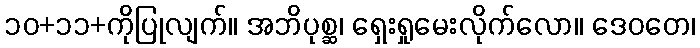
၁၀+၁၁+ကိုပြုလျက်။ အဘိပုစ္ဆ၊ ရှေးရှုမေးလိုက်လော။ ဒေဝတေ၊